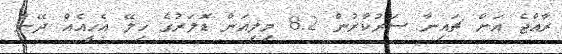
ރާއްޖެ އަށް ޗައިނާ ސަރުކާރުން 8.2 މިލިއަން ޑޮލަރުގެ ހިލޭ އެހީއެއް ދޭން